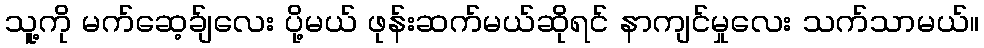
သူ့ကို မက်ဆေ့ခ်ျလေး ပို့မယ် ဖုန်းဆက်မယ်ဆိုရင် နာကျင်မှုလေး သက်သာမယ်။